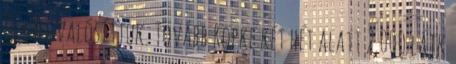
és megvalósítjuk. Tovább Röpke két hét alatt 2.000 lájk